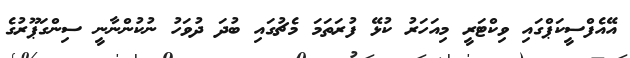
އޭއެފްސީކަޕްގައި ވިކްޓަރީ މިއަހަރު ކުޅޭ ފުރަތަމަ މެޗުގައި ބުދަ ދުވަހު ނުކުންނާނީ ސިންގަޕޫރުގެ